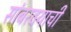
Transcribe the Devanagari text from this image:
सांबरदर्‍याची